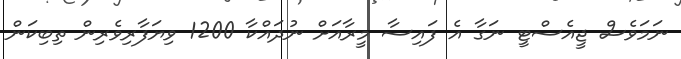
ނަމަވެސް ޖީއެސްޓީ ނަގާ އެ ފައިސާ މީރާއަށް ނުދައްކާ 1200 ވިޔަފާރިވެރިން ތިބިކަން